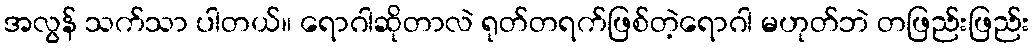
အလွန် သက်သာ ပါတယ်။ ရောဂါဆိုတာလဲ ရုတ်တရက်ဖြစ်တဲ့ရောဂါ မဟုတ်ဘဲ တဖြည်းဖြည်း